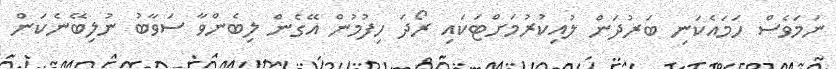
ނަމަވެސް ހަމައެކަނި ބަރުދަން ލުއިކުރުމަށްޓަކައި ރޯދަ ހިފުމުން އޭގެން ލިބެންވާ ސަވާބު ނުލިބޭނެކަން